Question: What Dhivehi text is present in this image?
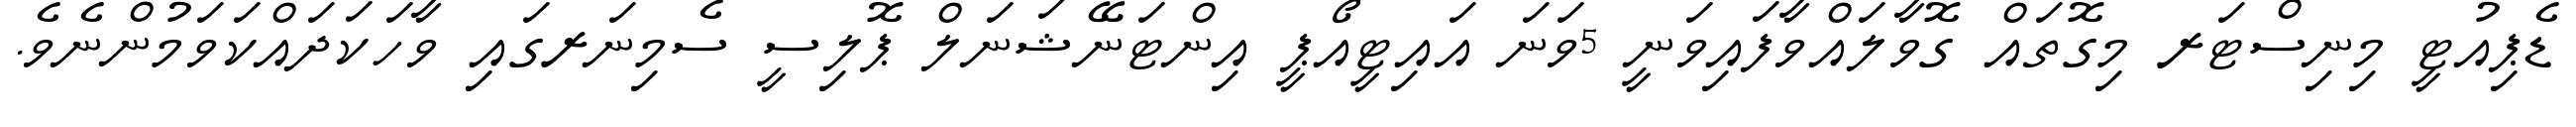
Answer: ޑެޕިއުޓީ މިނިސްޓަރ މިގޮތައް ގޮވާލައްވާފައިވަނީ 5ވަނަ އައިޓީއޯޕީ އިންޓަނޭޝަނަލް ޕޮލިސީ ސެމިނަރގައި ވާހަކަދައްކަވަމުންނެވެ.